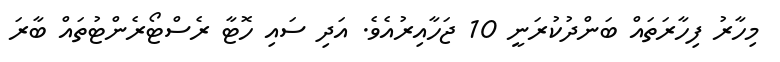
މިހާރު ފިހާރަތައް ބަންދުކުރަނީ 10 ޖަހާއިރުއެވެ. އަދި ސައި ހޮޓާ ރެސްޓޯރެންޓުތައް ބާރަ